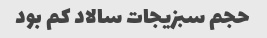
حجم سبزیجات سالاد کم بود